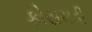
કોસમડી